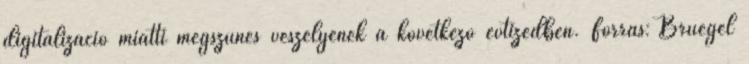
digitalizáció miatti megszűnés veszélyének a következő évtizedben. Forrás: Bruegel